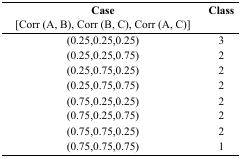
| Case[Corr (A, B), Corr (B, C), Corr (A, C)] | Class |
 | --- | --- |
 | (0.25,0.25,0.25) | 3 |
 | (0.25,0.25,0.75) | 2 |
 | (0.25,0.75,0.25) | 2 |
 | (0.25,0.75,0.75) | 2 |
 | (0.75,0.25,0.25) | 2 |
 | (0.75,0.25,0.75) | 2 |
 | (0.75,0.75,0.25) | 2 |
 | (0.75,0.75,0.75) | 1 |